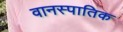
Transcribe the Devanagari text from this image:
वानस्पातिक